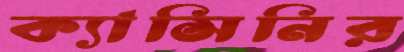
ক্যাসিনির